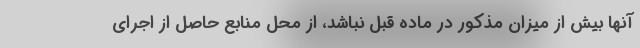
آنها بیش از میزان مذکور در ماده قبل نباشد، از محل منابع حاصل از اجرای